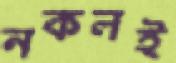
নকলই